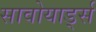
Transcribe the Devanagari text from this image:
सावोयार्ड्स